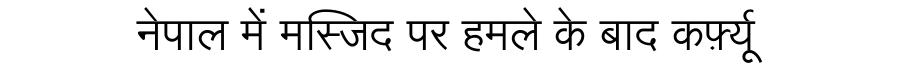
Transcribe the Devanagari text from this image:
नेपाल में मस्जिद पर हमले के बाद कर्फ़्यू